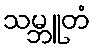
သမ္ဘူတံ